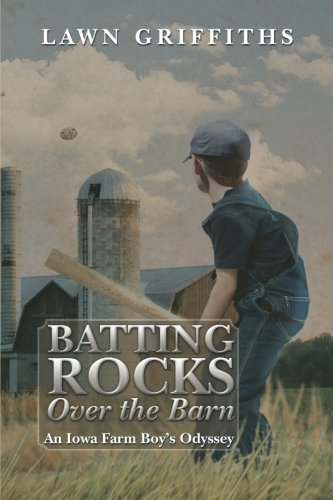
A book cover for Batting Rocks Over The Barn: An Iowa Farm BoyEEs Odyssey; Lawn Griffiths; Biographies & Memoirs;